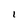
Character: I